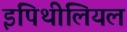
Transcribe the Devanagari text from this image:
इपिथीलियल